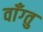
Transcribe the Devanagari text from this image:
वाँग्तु